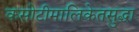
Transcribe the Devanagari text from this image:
कसोटीमालिकेतसुद्धा